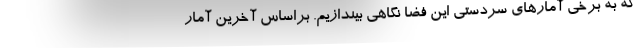
كه به برخي آمارهاي سردستي اين فضا نگاهي بيندازيم. براساس آخرين آمار